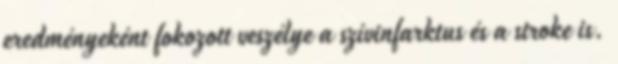
eredményeként fokozott veszélye a szívinfarktus és a stroke is.